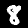
Label: 8